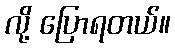
လို့ ပြောရတယ်။